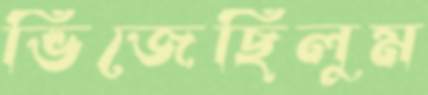
ভিজেছিলুম